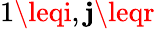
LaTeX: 1\leqi,\mathbf{j}\leqr